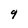
Character: q